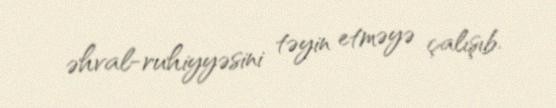
əhval-ruhiyyəsini təyin etməyə çalışıb.